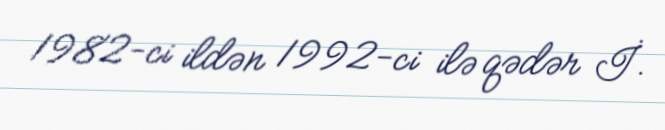
1982-ci ildən 1992-ci ilə qədər İ.